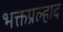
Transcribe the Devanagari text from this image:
भक्तप्रल्हाद